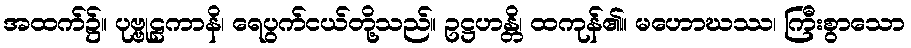
အထက်၌။ ပုဗ္ဗုဠကာနိ၊ ရေပွက်ငယ်တို့သည်။ ဥဋ္ဌဟန္တိ၊ ထကုန်၏။ မဟောဃဿ၊ ကြီးစွာသော